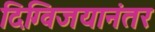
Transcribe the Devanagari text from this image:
दिग्विजयानंतर